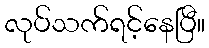
လုပ်သက်ရင့်နေပြီ။